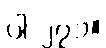
ပါ-၂၇၁။